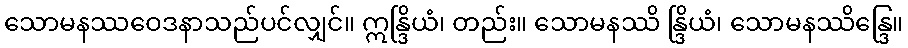
သောမနဿဝေဒနာသည်ပင်လျှင်။ ဣန္ဒြိယံ၊ တည်း။ သောမနဿိ န္ဒြိယံ၊ သောမနဿိန္ဒြေ။